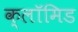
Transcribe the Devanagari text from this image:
क्लॉमिड